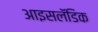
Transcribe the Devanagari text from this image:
आइसलॅंडिक